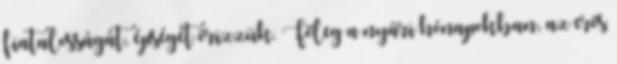
fiatalosságát, épségét őrizzük. Főleg a nyári hónapokban, az erős